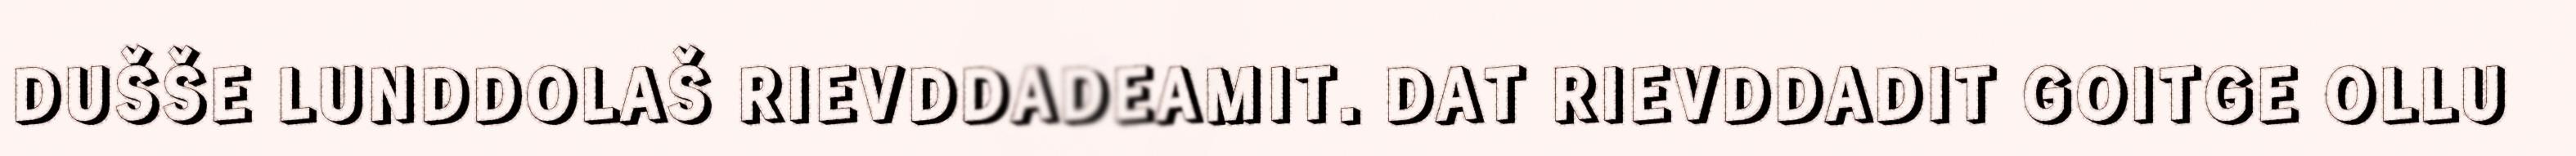
DUŠŠE LUNDDOLAŠ RIEVDDADEAMIT. DAT RIEVDDADIT GOITGE OLLU